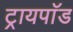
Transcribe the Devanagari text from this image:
ट्रायपाॅड